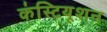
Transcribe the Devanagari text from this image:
कंस्टियूशन